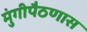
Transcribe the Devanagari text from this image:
मुंगीपैठणास